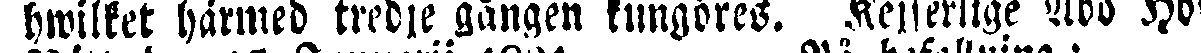
hwilket härmed tredje gången kungöres. Kejserlige Åbo Hof-